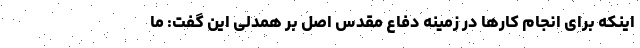
اینکه برای انجام کارها در زمینه دفاع مقدس اصل بر همدلی این گفت: ما